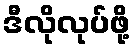
ဒီလိုလုပ်ဖို့